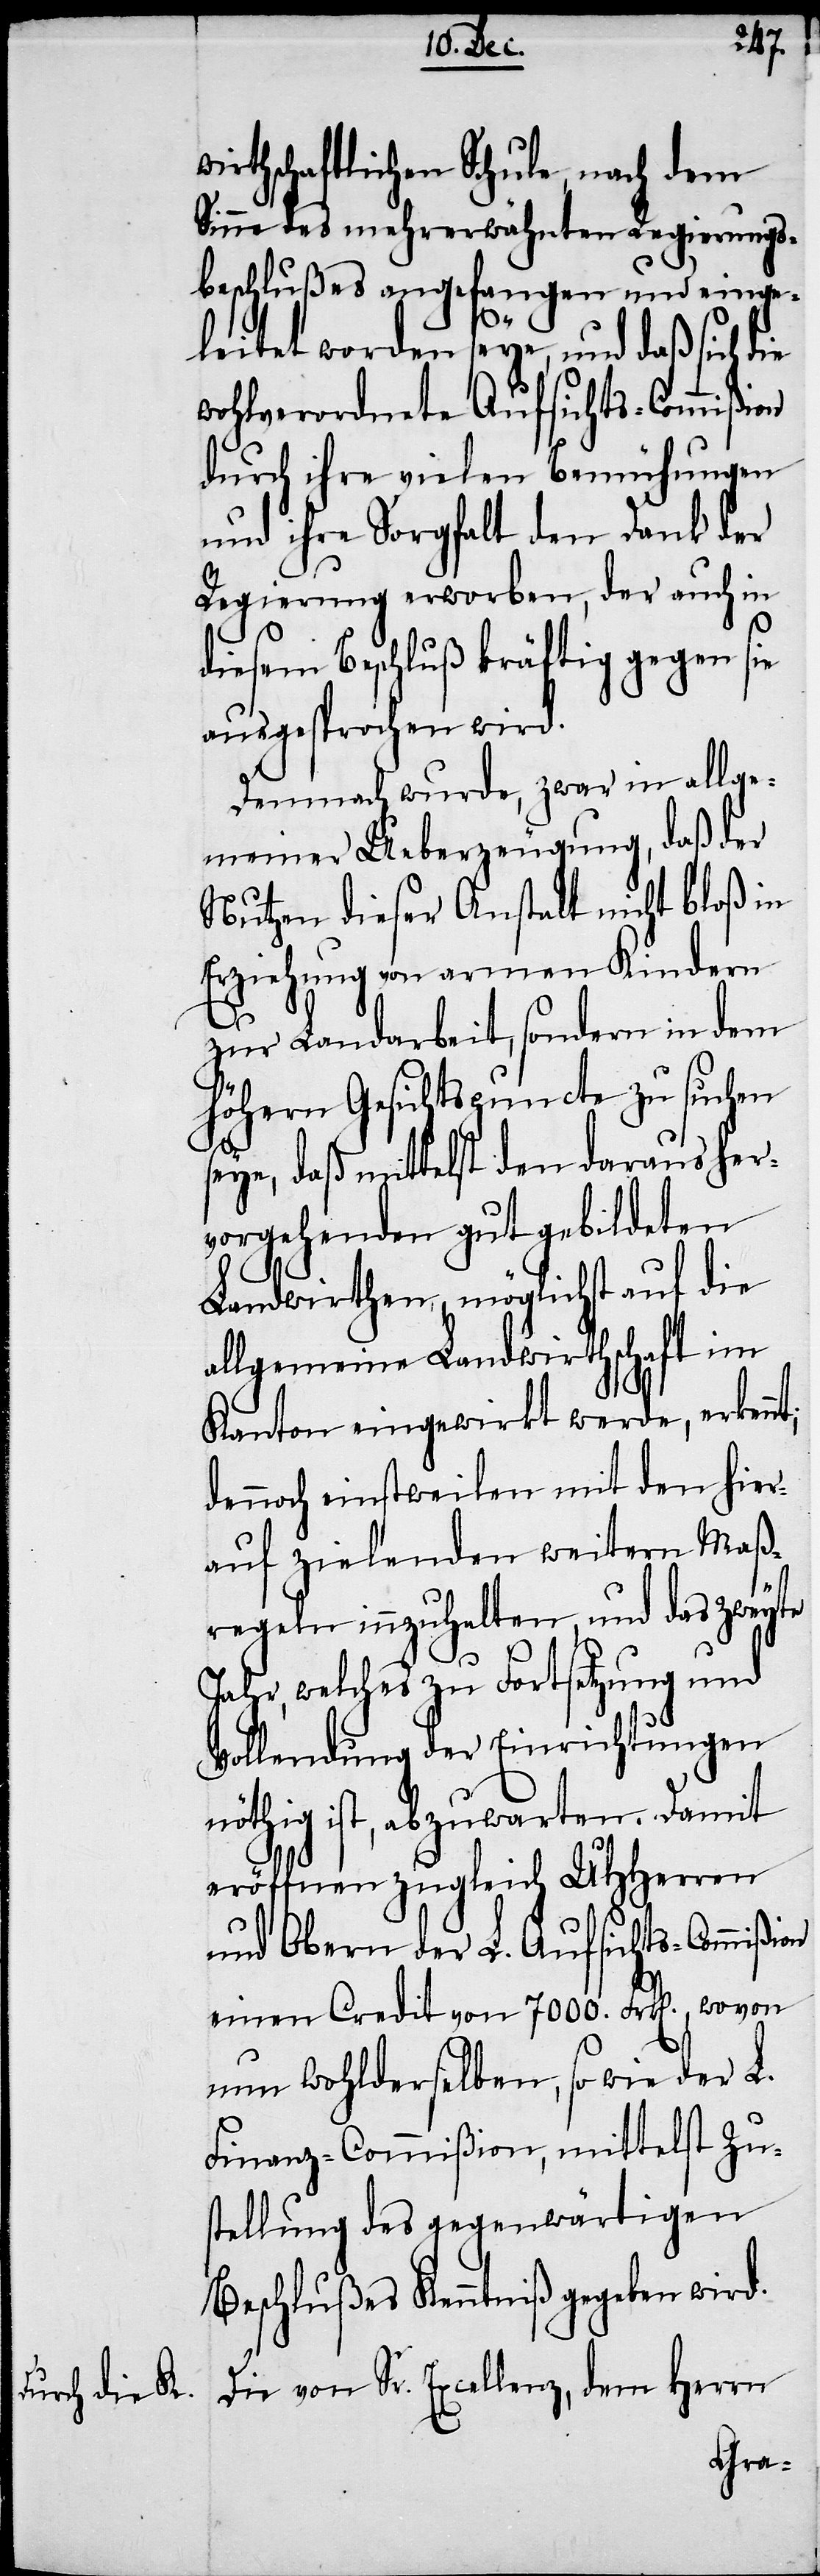
wirthschaftlichen Schule, nach dem
Sinne des mehrerwähnten Regierungs¬
beschlußes angefangen und einge¬
nt;
leitet worden seye, und daß sich d¬
wohlverordnete Aufsichts-Commißion
durch ihre vielen Bemühungen
und ihre Sorgfalt den Dank der
Regierung erworben, der auch in
diesem Beschluß kräftig gegen sie
ausgesprochen wird.
Demnach wurde, zwar in allge¬
meiner Ueberzeugung, daß der
Nutzen dieser Anstalt nicht bloß in
Erziehung von armen Kindern
zur Landarbeit, sondern in dem
höhern Gesichtspuncte zu suchen
seye, daß mittelst den daraus her¬
vorgehenden gut gebildeten
Landwirthen, möglichst auf die
allgemeine Landwirthschaft im
Kanton eingewirkt werde, erken¬
dennoch einstweilen mit den hier¬
auf zielenden weitern Maß¬
regeln innzuhalten, und das zweyte
Jahr, welches zu Fortsetzung und
Vollendung der Einrichtungen
nöthig ist, abzuwarten. Damit
eröffnen zugleich UHHerren
und Obern der L. Aufsichts-Commißion
einen Credit von 7000. Frk[en]., wovon
nun wohlderselben, so wie der L.
Finanz-Commißion, mittelst Zu¬
stellung des gegenwärtigen
Beschlußes Kenntniß gegeben wird.
Die von Sr. Excellenz, dem Herrn